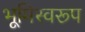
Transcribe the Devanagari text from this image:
भूमिस्वरूप